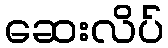
ဆေးလိပ်